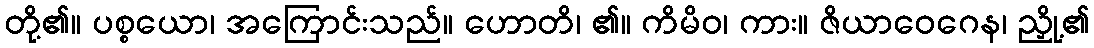
တို့၏။ ပစ္စယော၊ အကြောင်းသည်။ ဟောတိ၊ ၏။ ကိမိဝ၊ ကား။ ဇိယာဝေဂေန၊ ညှို့၏